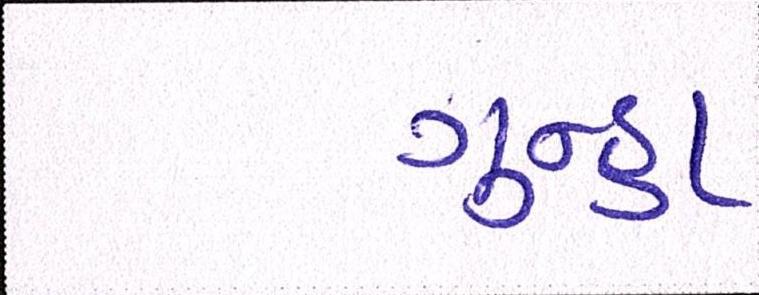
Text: ગુન્હા